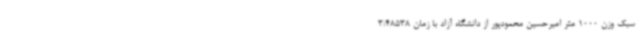
سبک وزن 1000 متر امیرحسین محمودپور از دانشگاه آزاد با زمان 3:48538